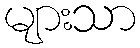
များသာ